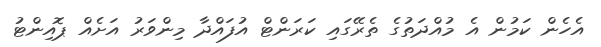
އެހެން ކަމުން އެ މުއްދަތުގެ ތެރޭގައި ކަރަންޓް އުފައްދާ މިންވަރު އަށެއް ޕޮއިންޓު